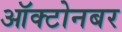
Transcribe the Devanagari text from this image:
ऑक्टोनबर